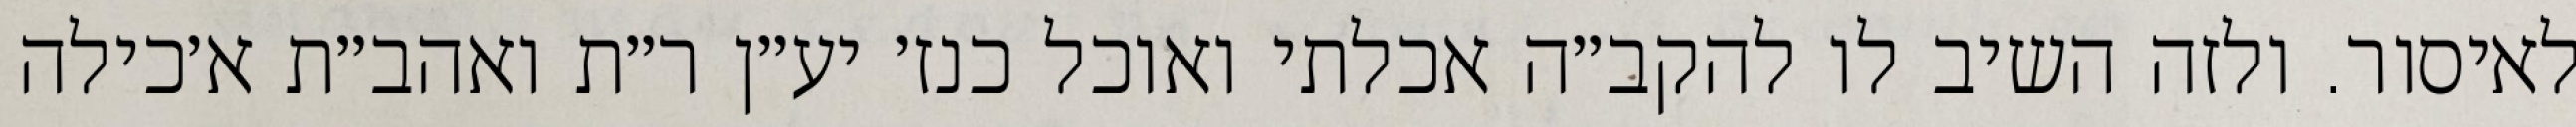
לאיסור. ולזה השיב לו להקב״ה אכלתי ואוכל כנז׳ יע״ן ר״ת ואהב״ת א׳כילה